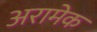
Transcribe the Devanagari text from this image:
अरामेक